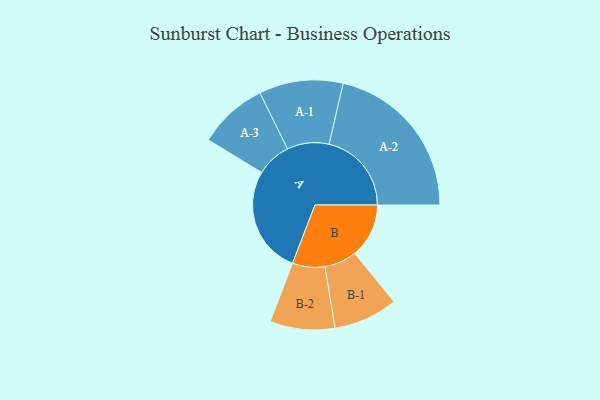
{"axis": {"x": "Segment", "y": "Value"}, "legend": ["", "A", "B"], "data": [{"x": "A", "y": 374, "type": ""}, {"x": "B", "y": 189, "type": ""}, {"x": "A-1", "y": 146, "type": "A"}, {"x": "A-2", "y": 287, "type": "A"}, {"x": "A-3", "y": 121, "type": "A"}, {"x": "B-1", "y": 112, "type": "B"}, {"x": "B-2", "y": 113, "type": "B"}]}